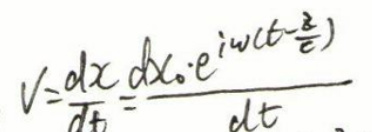
\[
V = \frac{dx}{dt} = \frac{dx_0 \cdot e^{i\omega(t - \frac{z}{c})}}{dt}
\]